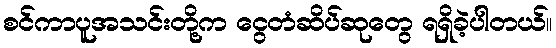
စင်ကာပူအသင်းတို့က ငွေတံဆိပ်ဆုတွေ ရရှိခဲ့ပါတယ်။